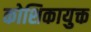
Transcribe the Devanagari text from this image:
कोशिकायुक्त